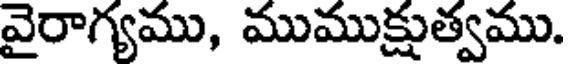
వైరాగ్యము, ముముక్షుత్వము.